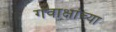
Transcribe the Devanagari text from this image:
गवाक्षांच्या